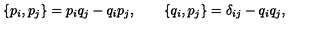
\{ p _ { i } , p _ { j } \} = p _ { i } q _ { j } - q _ { i } p _ { j } , \qquad \{ q _ { i } , p _ { j } \} = \delta _ { i j } - q _ { i } q _ { j } ,